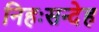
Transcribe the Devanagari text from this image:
निहःसन्देह